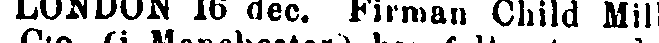
LONDON 16 dec. Firman Child Mills